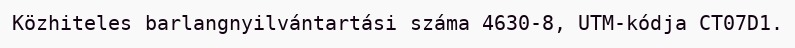
Közhiteles barlangnyilvántartási száma 4630-8, UTM-kódja CT07D1.